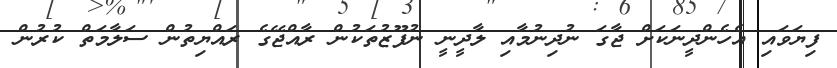
ފިޔަވައި އެހެންދީނަކަށް ޖާގަ ނުދިނުމާއި ލާދީނީ ނުފޫޒުތަކުން ރާއްޖޭގެ ރައްޔިތުން ސަލާމަތް ކުރުން